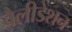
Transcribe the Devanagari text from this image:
वैलीडेशन